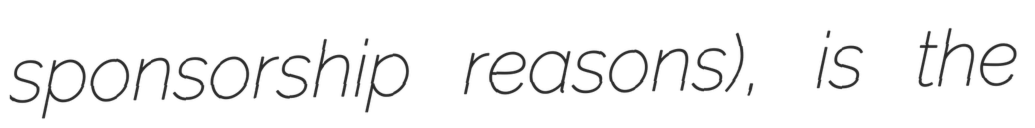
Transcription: sponsorship reasons), is the